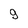
Character: 9